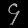
Digit: ၄